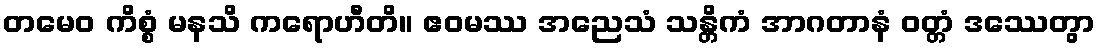
တမေဝ ကိစ္စံ မနသိ ကရောဟီတိ။ ဧဝမဿ အညေသံ သန္တိကံ အာဂတာနံ ဝတ္တံ ဒဿေတွာ